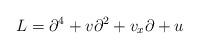
LaTeX: \begin{align*}L = \partial^{4} + v \partial^{2} + v_{x}\partial + u\end{align*}